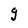
Character: g